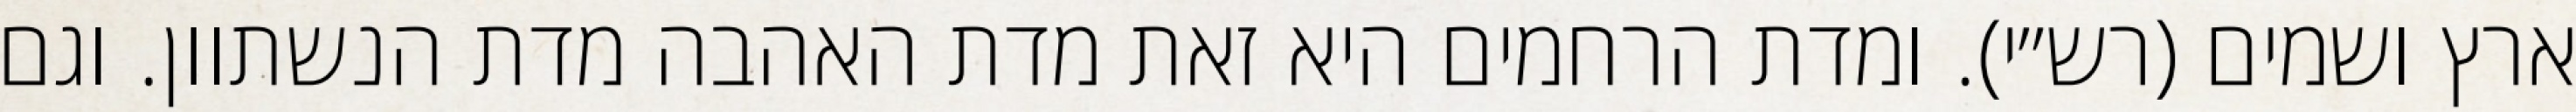
ארץ ושמים (רש״י). ומדת הרחמים היא זאת מדת האהבה מדת הנשתוון. וגם